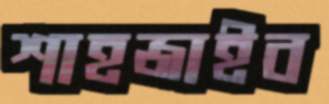
শাহজাইব